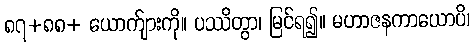
၈၇+၈၈+ ယောက်ျားကို။ ပဿိတွာ၊ မြင်ရ၍။ မဟာဇနကာယောပိ၊